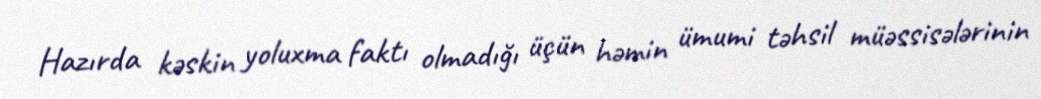
Hazırda kəskin yoluxma faktı olmadığı üçün həmin ümumi təhsil müəssisələrinin